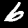
Label: 6